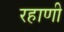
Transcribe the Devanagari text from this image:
रहाणी